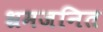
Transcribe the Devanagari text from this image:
भ्रमजनित